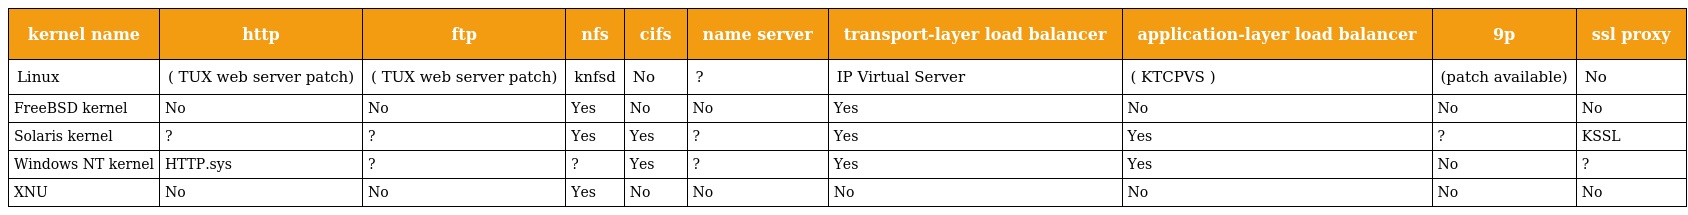
| kernel name | http | ftp | nfs | cifs | name server | transport-layer load balancer | application-layer load balancer | 9p | ssl proxy |
 | --- | --- | --- | --- | --- | --- | --- | --- | --- | --- |
 | Linux | ( TUX web server patch) | ( TUX web server patch) | knfsd | No | ? | IP Virtual Server | ( KTCPVS ) | (patch available) | No |
 | FreeBSD kernel | No | No | Yes | No | No | Yes | No | No | No |
 | Solaris kernel | ? | ? | Yes | Yes | ? | Yes | Yes | ? | KSSL |
 | Windows NT kernel | HTTP.sys | ? | ? | Yes | ? | Yes | Yes | No | ? |
 | XNU | No | No | Yes | No | No | No | No | No | No |